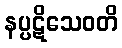
နပ္ပဋိသေဝတိ